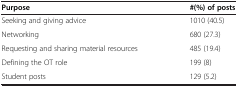
<table><thead><tr><td><b>Purpose</b></td><td><b>#(%) of posts</b></td></tr></thead><tbody><tr><td>Seeking and giving advice</td><td>1010 (40.5)</td></tr><tr><td>Networking</td><td>680 (27.3)</td></tr><tr><td>Requesting and sharing material resources</td><td>485 (19.4)</td></tr><tr><td>Defining the OT role</td><td>199 (8)</td></tr><tr><td>Student posts</td><td>129 (5.2)</td></tr></tbody></table>